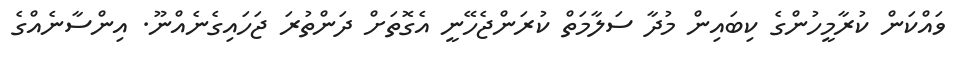
ވައްކަން ކުރާމީހުންގެ ކިބައިން މުދާ ސަލާމަތް ކުރަންޖެހޭނީ އެގޮތަށް ދަންތުރަ ޖަހައިގެނެއްނޫ. އިންސާނެއްގެ